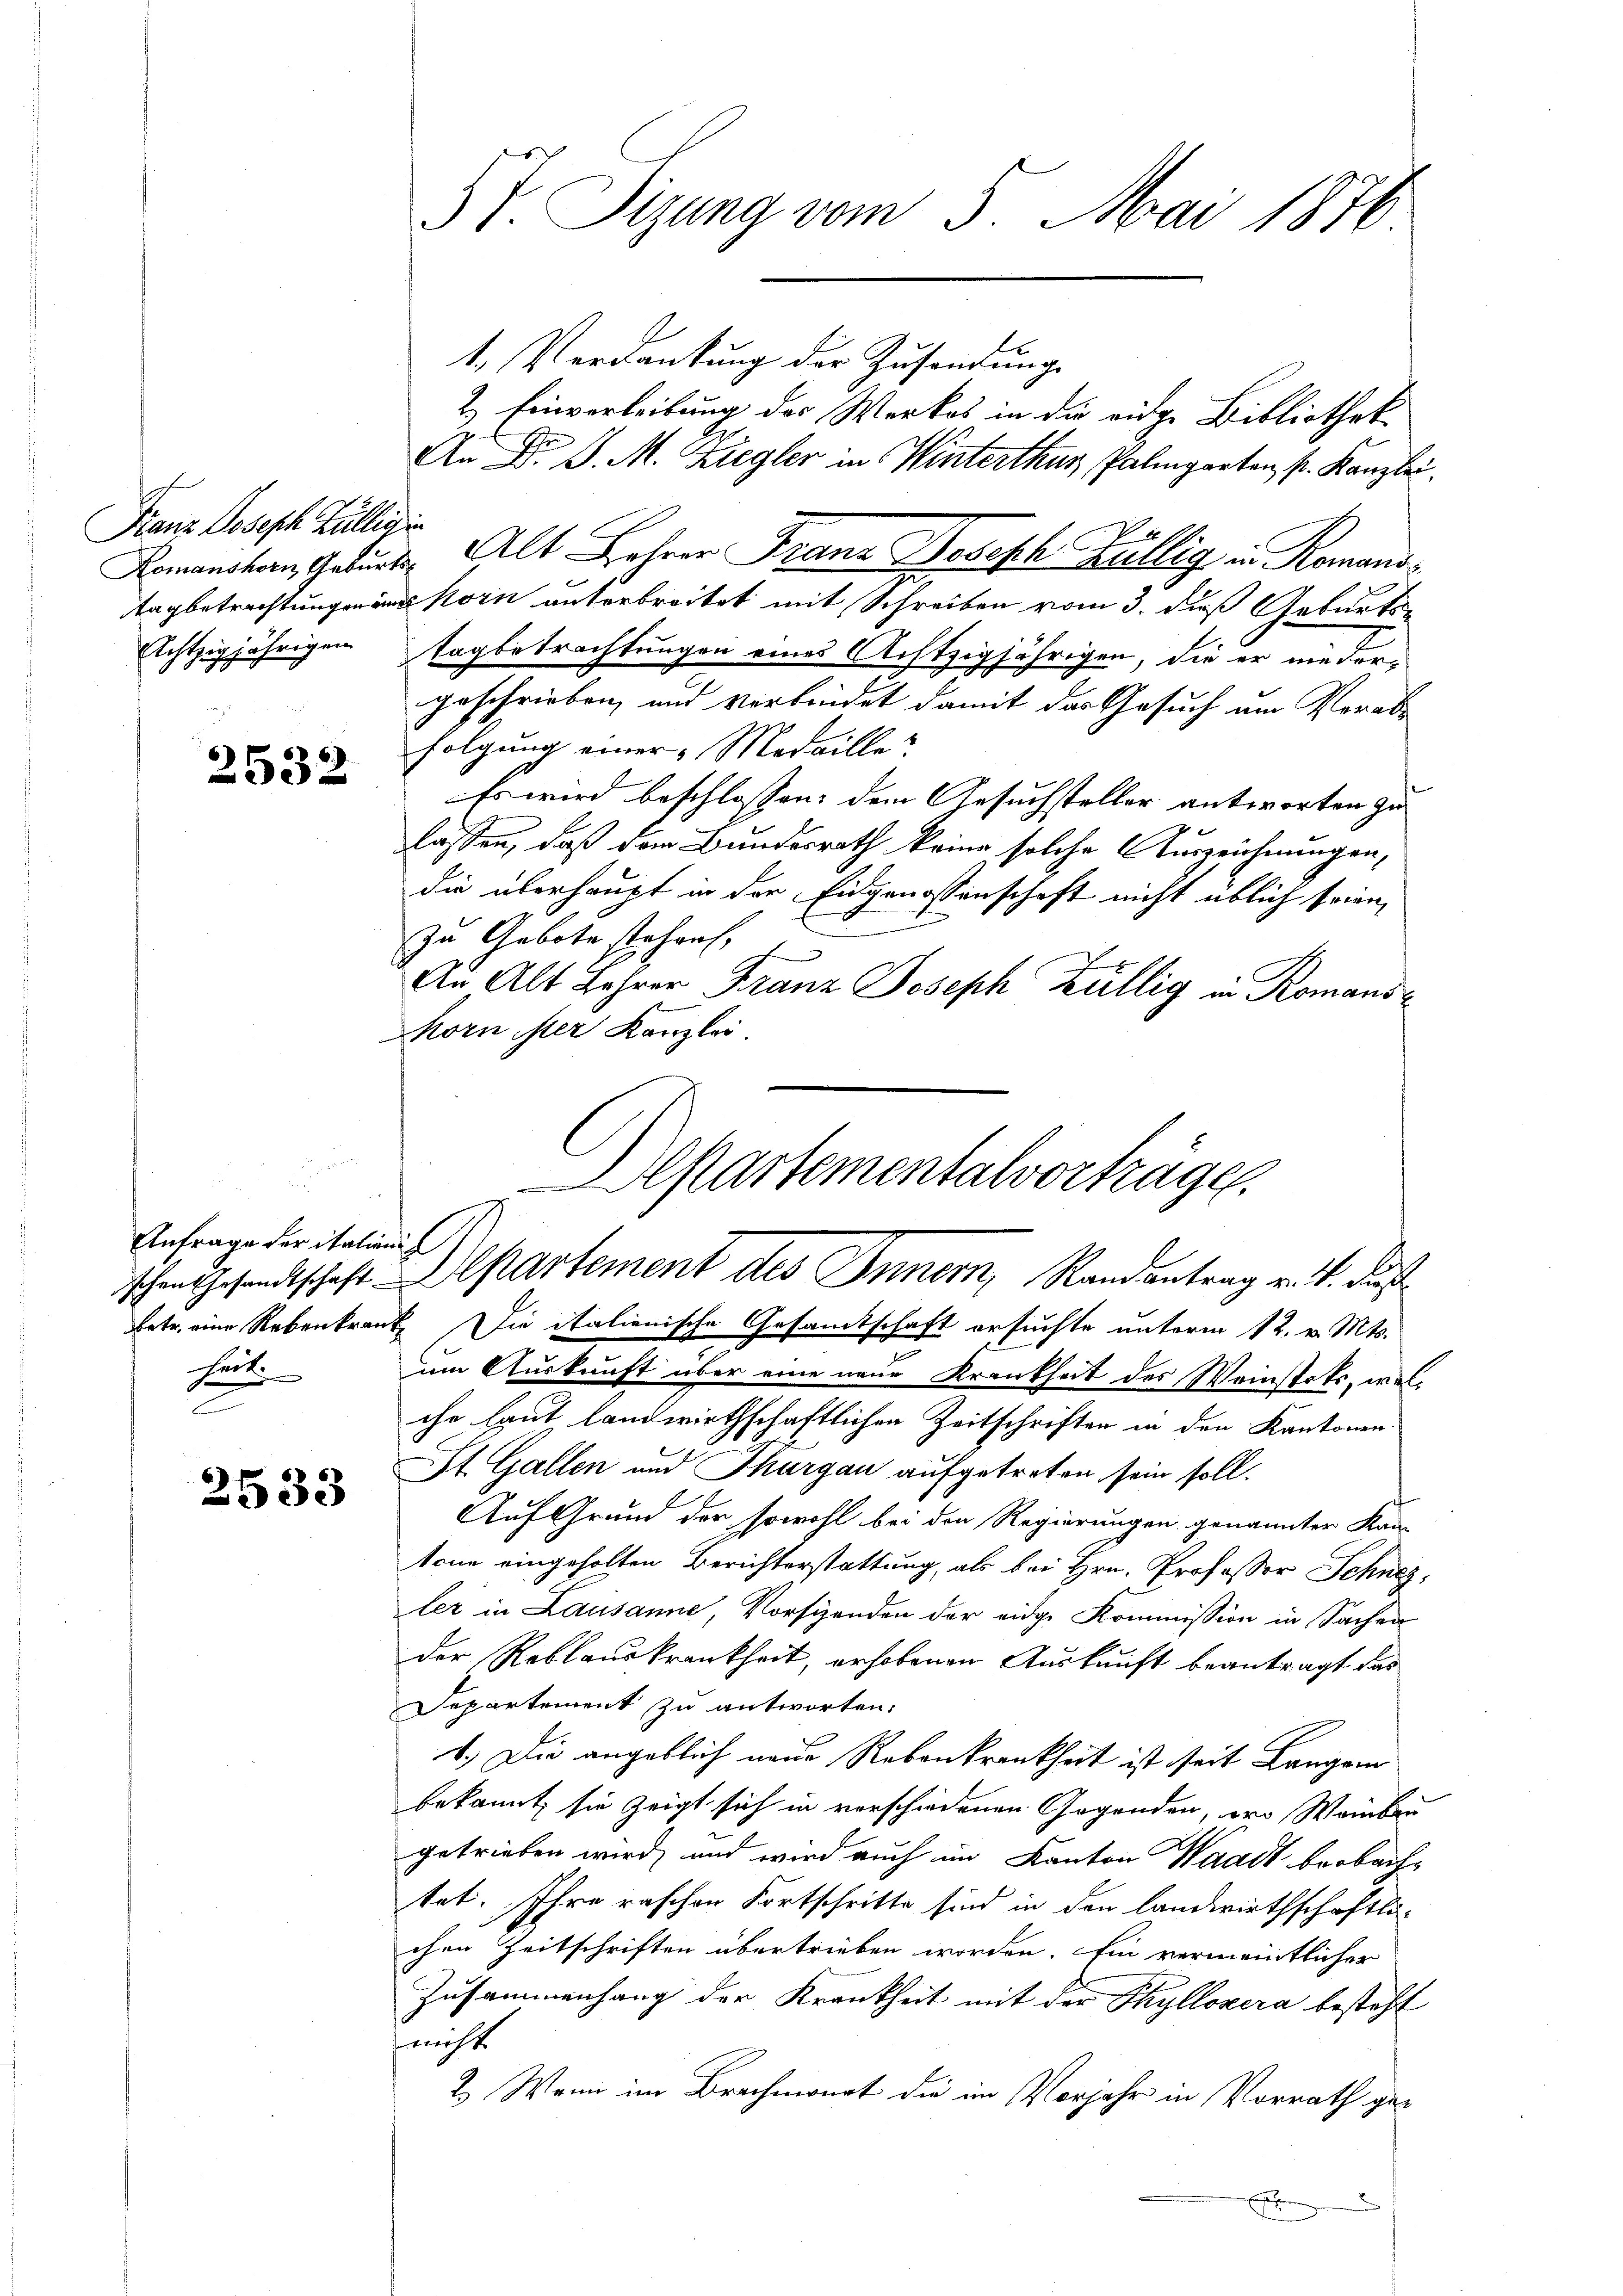
Franz Joseph Züllig in

2532

Anfrage der italienis
heit

2533

§ T. Tizung vom 5. Mai 1876

1. Verdankung der Zusendungs
2.) Einverleibung des Werkes in die eidg. Bibliothek
An D. P. M. Ziegler in Winterthur, Palmgarten pr. Kanzlei.
Romanchen Geburt Alt Lehrer Franz Joseph Züllig in Romand
tagbetrachtungen und Korn unterbreitet mit Schreiben vom 3. dieß Geburts¬
Echtzigjährigen Tagbetrachtungen eines Achtzigjährigen, die er nieder-
geschrieben, und verbindet damit das Gesuch um Vorabe
folgung einer Medaille?
Es wird beschlossen: dem Gesuchsteller antworten zu
lassen, daß dem Bundesrath keine solche Auszeichnungen,
die überhaupt in der Eidgenossenschaft nicht üblich seien,
zu Gebote stehen.
An Alt Jahrer Franz Joseph Züllig in Romans¬
Morn ster Kanzlei.
um Auskunft über eine neue Krankheit des Weinstets, welche laut landwirthschaftlichen Zeitschriften in den Kantonen
St. Gallen und Thurgau aufgetreten sein soll.
Auf Grund der sowohl bei den Regierungen genannter Kan
tone eingeholten Berichterstattung, als bei Hrn. Professor Schnez,
ler in Lausanne, Vorschenden der eidge Kommission in Sachen
der Reblauskrankheit, erhobenen Auskunft beantragt das
Departement zu antworten.
1.) Die angeblich neue Rebenkrankheit ist seit Langem
bekannt, sie zeigt sich in vorschiedenen Gegenden, wo Weinbar
getrieben wird, und wird auch im Kanton Waadt beobachtet. Ihre raschen Fortschritte sind in den Landwirthschaftli-
chen Zeitschriften übertrieben worden. Ein vermeintlicher
Zusammenhang der Krankheit mit der Phyllozera besteht
nicht
2.) Wenn im Brachmonat die im Vorjahr in Vorrath gex

Alkartementalvorträge.
schen Gesandtschaft. Departement des Innern, Randantrag v. 4. dieß
betr. eine Rebenkranke Die italienische Gesamtschaft ersuchte unterm 12. v. Mts.